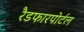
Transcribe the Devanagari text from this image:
रैडफारपोर्टल